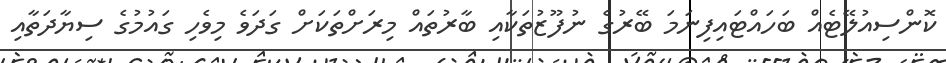
ކޮންސިއުލޭޭޓެއް ބަހައްޓައިފިނަމަ ބޭރުގެ ނުފޫޒުތަކާއި ބާރުތައް މިރަށްތަކަށް ގަދަވެ މިވެހި ގައުމުގެ ސިޔާދަތާއި